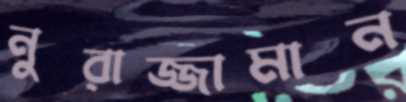
নুরাজ্জামান